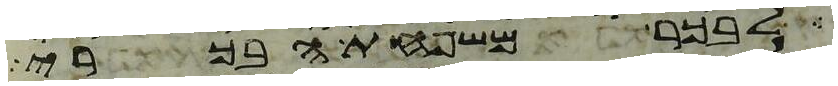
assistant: לבכר משפחת הבכרי